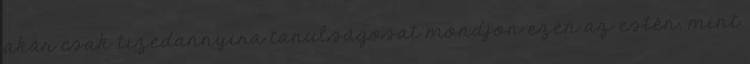
akár csak tizedannyira tanulságosat mondjon ezen az estén, mint